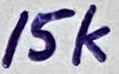
Text: 15k